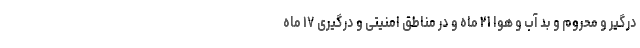
درگیر و محروم و بد آب و هوا ۲۱ ماه و در مناطق امنیتی و درگیری ۱۷ ماه